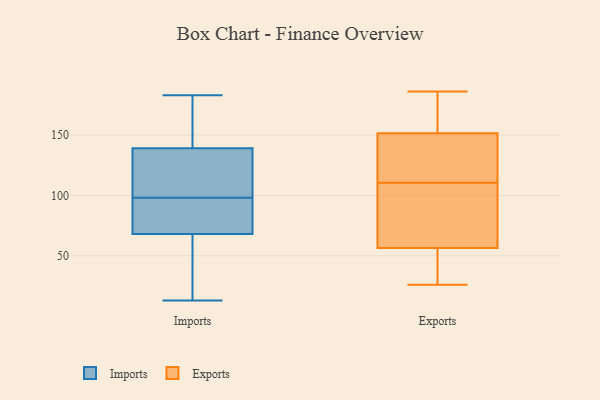
{"axis": {"x": "Headcount", "y": "Value"}, "legend": ["Exports", "Imports"], "data": [{"x": "", "y": 83, "type": "Imports"}, {"x": "", "y": 106, "type": "Imports"}, {"x": "", "y": 90, "type": "Imports"}, {"x": "", "y": 68, "type": "Imports"}, {"x": "", "y": 144, "type": "Imports"}, {"x": "", "y": 150, "type": "Imports"}, {"x": "", "y": 69, "type": "Imports"}, {"x": "", "y": 124, "type": "Imports"}, {"x": "", "y": 81, "type": "Imports"}, {"x": "", "y": 183, "type": "Imports"}, {"x": "", "y": 66, "type": "Imports"}, {"x": "", "y": 13, "type": "Imports"}, {"x": "", "y": 119, "type": "Imports"}, {"x": "", "y": 142, "type": "Imports"}, {"x": "", "y": 139, "type": "Imports"}, {"x": "", "y": 16, "type": "Imports"}, {"x": "", "y": 39, "type": "Imports"}, {"x": "", "y": 130, "type": "Imports"}, {"x": "", "y": 186, "type": "Exports"}, {"x": "", "y": 112, "type": "Exports"}, {"x": "", "y": 31, "type": "Exports"}, {"x": "", "y": 26, "type": "Exports"}, {"x": "", "y": 123, "type": "Exports"}, {"x": "", "y": 168, "type": "Exports"}, {"x": "", "y": 159, "type": "Exports"}, {"x": "", "y": 173, "type": "Exports"}, {"x": "", "y": 110, "type": "Exports"}, {"x": "", "y": 144, "type": "Exports"}, {"x": "", "y": 61, "type": "Exports"}, {"x": "", "y": 111, "type": "Exports"}, {"x": "", "y": 53, "type": "Exports"}, {"x": "", "y": 60, "type": "Exports"}, {"x": "", "y": 116, "type": "Exports"}, {"x": "", "y": 105, "type": "Exports"}, {"x": "", "y": 101, "type": "Exports"}, {"x": "", "y": 27, "type": "Exports"}, {"x": "", "y": 27, "type": "Exports"}, {"x": "", "y": 174, "type": "Exports"}]}